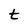
Character: t